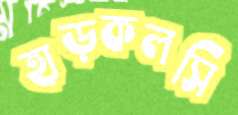
হাড়কলসি